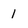
Character: 1